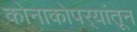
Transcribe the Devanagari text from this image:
कोनाकोपर्‍यांतून